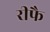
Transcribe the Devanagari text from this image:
रीफै